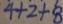
4 + 2 + 8